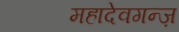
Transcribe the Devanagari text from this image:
महादेवगन्ज़